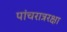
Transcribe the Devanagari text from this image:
पांचरात्ररक्षा